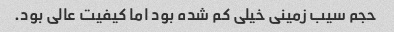
حجم سیب زمینی خیلی کم شده بود اما کیفیت عالی بود.